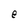
Character: e